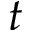
t